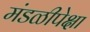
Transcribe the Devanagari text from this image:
मंडळीपेक्षा